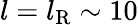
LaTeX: l=l_{\mathrm{R}}\sim 10